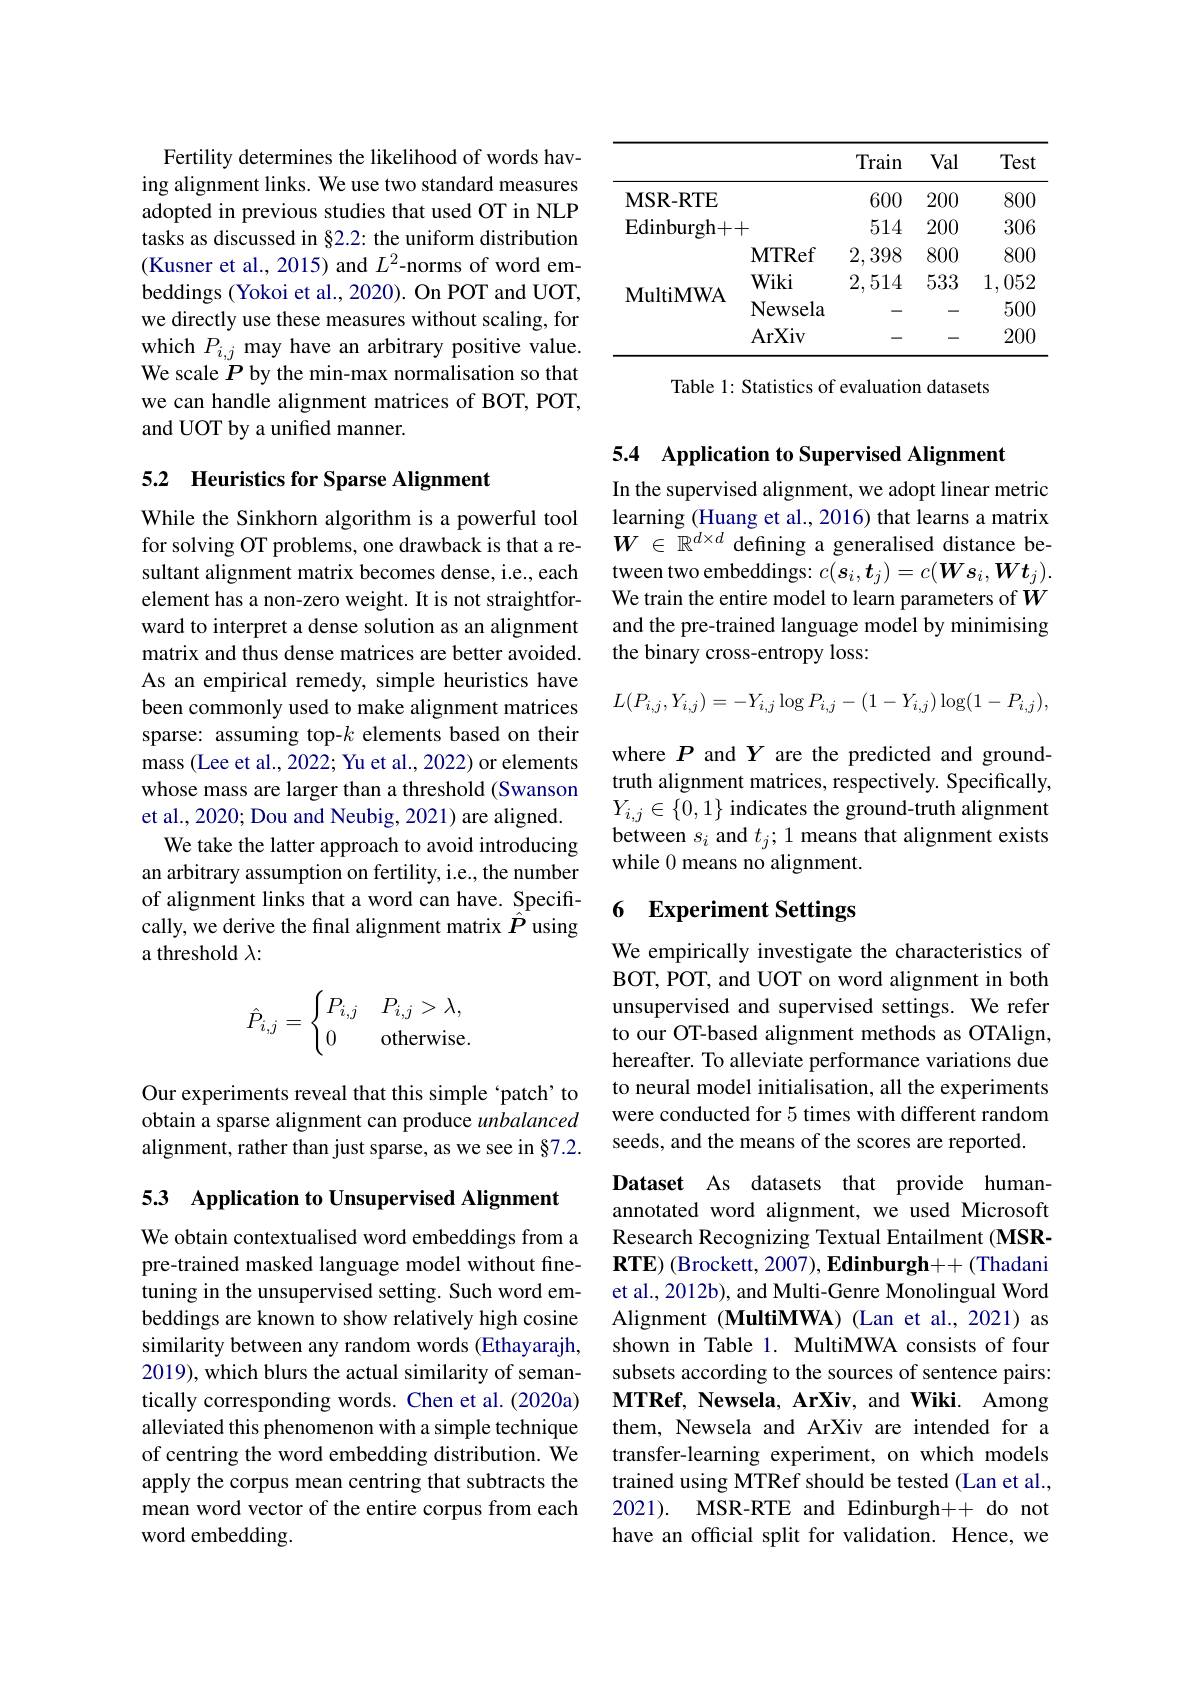
Fertility determines the likelihood of words having alignment links. We use two standard measures adopted in previous studies that used OT in NLP tasks as discussed in §2.2: the uniform distribution (Kusner et al., 2015) and $L^{2}$-norms of word embeddings (Yokoi et al., 2020). On POT and UOT, we directly use these measures without scaling, for which $P_{i,j}$ may have an arbitrary positive value. We scale $P$ by the min-max normalisation so that we can handle alignment matrices of BOT, POT, and UOT by a unified manner.

## 5.2 Heuristics for Sparse Alignment

While the Sinkhorn algorithm is a powerful tool for solving OT problems, one drawback is that a resultant alignment matrix becomes dense, i.e., each element has a non-zero weight. It is not straightforward to interpret a dense solution as an alignment matrix and thus dense matrices are better avoided. As an empirical remedy, simple heuristics have been commonly used to make alignment matrices sparse: assuming top-$k$ elements based on their mass (Lee et al., 2022; Yu et al., 2022) or elements whose mass are larger than a threshold (Swanson et al., 2020; Dou and Neubig, 2021) are aligned.
We take the latter approach to avoid introducing an arbitrary assumption on fertility, i.e., the number of alignment links that a word can have. Specifically, we derive the fnal alignment matrix $\hat{P}$ using a threshold $\lambda:$
$$\hat{P}_{i,j}=\begin{cases}P_{i,j}&P_{i,j}>\lambda,\\0&\text{otherwise.}\end{cases}$$
Our experiments reveal that this simple ‘patch’ to obtain a sparse alignment can produce unbalanced alignment, rather than just sparse, as we see in §7.2.

53 Application to Unsupervised Alignment

We obtain contextualised word embeddings from a pre-trained masked language model without finetuning in the unsupervised setting. Such word embeddings are known to show relatively high cosine similarity between any random words (Ethayarajh, 2019), which blurs the actual similarity of semantically corresponding words. Chen et al. (2020a) alleviated this phenomenon with a simple technique of centring the word embedding distribution. We apply the corpus mean centring that subtracts the mean word vector of the entire corpus from each word embedding.

<table>
	<tbody>
		<tr>
			<th> </th>
			<th> </th>
			<th>Train</th>
			<th>Val</th>
			<th>Test</th>
		</tr>
		<tr>
			<td>$\mathbf{MSR-RTE}$</td>
			<td> </td>
			<td>600</td>
			<td>200</td>
			<td>800</td>
		</tr>
		<tr>
			<td>Edinburgh+</td>
			<td>++</td>
			<td>514</td>
			<td>200</td>
			<td>306</td>
		</tr>
		<tr>
			<td> </td>
			<td>$\mathbf{MTRef}$</td>
			<td>2,398</td>
			<td>800</td>
			<td>800</td>
		</tr>
		<tr>
			<td> </td>
			<td>Wiki</td>
			<td>2,514</td>
			<td>533</td>
			<td>1, 052</td>
		</tr>
		<tr>
			<td>IVIUUUVI YYA</td>
			<td>Newsela</td>
			<td> </td>
			<td>一 </td>
			<td>500</td>
		</tr>
		<tr>
			<td> </td>
			<td>ArXiv</td>
			<td> </td>
			<td>一 </td>
			<td>200</td>
		</tr>
	</tbody>
</table>

Table 1: Statistics of evaluation datasets

5.4 Application to Supervised Alignment

In the supervised alignment, we adopt linear metric learning (Huang et al., 2016) that learns a matrix $W\in\mathbb{R}^{d\times d}$ defining a generalised distance between two embeddings: $c(s_i,\boldsymbol{t}_j)=c(\boldsymbol{W}s_i,\boldsymbol{W}\boldsymbol{t}_j).$ We train the entire model to learn parameters of $W$ and the pre-trained language model by minimising the binary cross-entropy loss:
$$L(P_{i,j},Y_{i,j})=-Y_{i,j}\log P_{i,j}-(1-Y_{i,j})\log(1-P_{i,j}),$$
where $P$ and $Y$ are the predicted and groundtruth alignment matrices, respectively. Specifically, $Y_{i,j}\in\{0,1\}$ indicates the ground-truth alignment between $s_i$ and $t_j;1$ means that alignment exists while 0 means no alignment.

# 6 Experiment Settings

We empirically investigate the characteristics of BOT, POT, and UOT on word alignment in both unsupervised and supervised settings. We refer to our OT-based alignment methods as OTAlign, hereafter. To alleviate performance variations due to neural model initialisation, all the experiments were conducted for 5 times with different random seeds, and the means of the scores are reported.

Dataset As datasets that provide humanannotated word alignment, we used Microsoft Research Recognizing Textual Entailment (MSR- $\mathbf{RTE}$) (Brockett, 2007), Edinburgh++ (Thadani et al., 2012b), and Multi-Genre Monolingual Word Alignment (MultiMWA) (Lan et al., 2021) as shown in Table 1. MultiMWA consists of four subsets according to the sources of sentence pairs: MTRef, Newsela, ArXiv, and Wiki. Among them, Newsela and ArXiv are intended for a transfer-learning experiment, on which models trained using MTRef should be tested (Lan et al., 2021). MSR-RTE and Edinburgh++ do not have an official split for validation. Hence, we